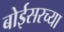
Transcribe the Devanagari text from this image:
बोईसरच्या